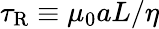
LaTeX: \tau_{\mathrm{R}}\equiv\mu_{0}aL/\eta